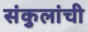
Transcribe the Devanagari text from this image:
संकुलांची